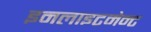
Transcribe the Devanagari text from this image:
इनलाइटमेन्ट